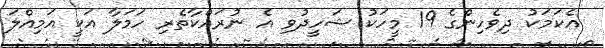
އެކަމަކު ދިވެހިންގެ 19 މީހަކު ޝަހީދުވި އެ ނުރައްކާތެރި ހަމަލާ އަކީ އަމިއްލަ